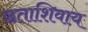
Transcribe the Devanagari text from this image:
छताशिवाय